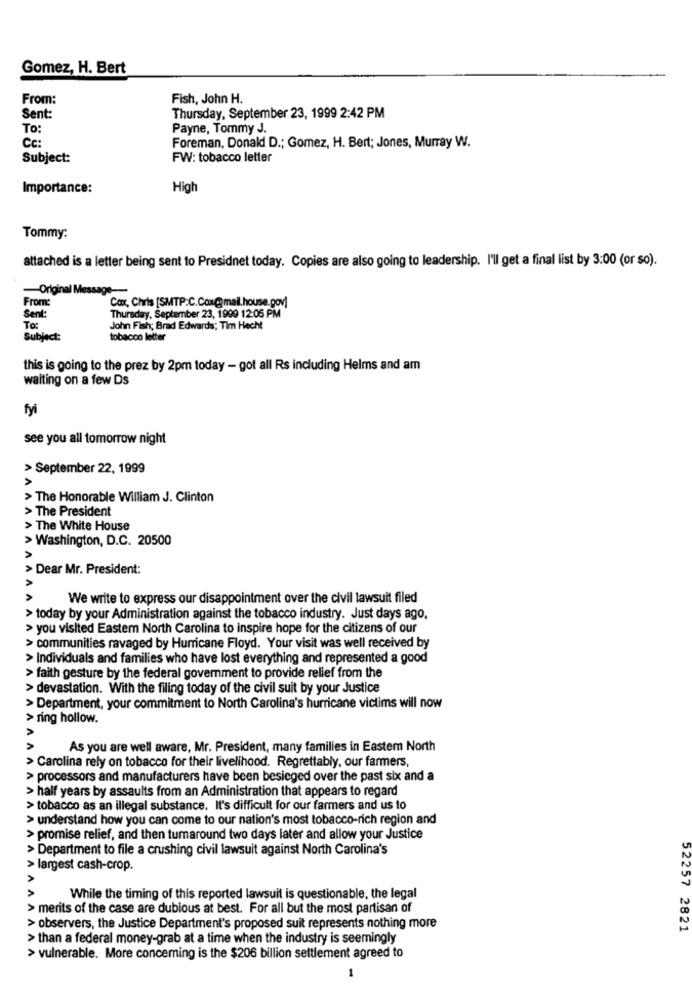
Gomez, H. Bert
From:
Fish, John H.
Sent:
Thursday, September 23, 1999 2:42 PM
To:
Payne, Tommy J.
Cc:
Foreman, Donald D .; Gomez, H. Bert; Jones, Murray W.
Subject:
FW: tobacco letter
Importance:
High
Tommy:
attached is a letter being sent to Presidnet today. Copies are also going to leadership. I'll get a final list by 3:00 (or so).
-Original Message-
From:
Cox, Chris [SMTP.C.Cox@mail.house.gov]
Sent:
Thursday, September 23, 1999 12:05 PM
To:
John Fish; Brad Edwards; Tim Hecht
Subject:
tobacco letter
this is going to the prez by 2pm today - got all Rs including Helms and am
waiting on a few Ds
fyi
see you all tomorrow night
> September 22, 1999
> The Honorable William J. Clinton
> The President
> The White House
> Washington, D.C. 20500
> Dear Mr. President:
AA
We write to express our disappointment over the civil lawsuit filed
> today by your Administration against the tobacco industry. Just days ago,
> you visited Eastem North Carolina to inspire hope for the citizens of our
> communities ravaged by Hurricane Floyd. Your visit was well received by
> Individuals and families who have lost everything and represented a good
> faith gesture by the federal government to provide relief from the
> devastation. With the filing today of the civil suit by your Justice
> Department, your commitment to North Carolina's hurricane victims will now
> ring hollow.
AAN
As you are well aware, Mr. President, many families in Eastem North
> Carolina rely on tobacco for their livelihood. Regrettably, our farmers,
> processors and manufacturers have been besieged over the past six and a
> half years by assaults from an Administration that appears to regard
> tobacco as an illegal substance. It's difficult for our farmers and us to
> understand how you can come to our nation's most tobacco-rich region and
> promise relief, and then tumaround two days later and allow your Justice
> Department to file a crushing civil lawsuit against North Carolina's
> largest cash-crop.
AAA
While the timing of this reported lawsuit is questionable, the legal
> merits of the case are dubious at best. For all but the most partisan of
> observers, the Justice Department's proposed suit represents nothing more
52257 2821
> than a federal money-grab at a time when the industry is seemingly
> vulnerable. More concerning is the $206 billion settlement agreed to